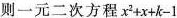
则一元二次方程$$x ^ { 2 } + x + k - 1